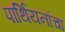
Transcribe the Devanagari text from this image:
पार्थियनांचा